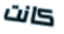
كانت